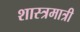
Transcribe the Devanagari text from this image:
शास्त्रमात्री